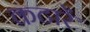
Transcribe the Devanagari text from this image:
कटारें